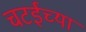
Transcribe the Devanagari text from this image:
चटईच्या